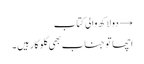
→ دو لاکھ والی کتاب
اچھا تو جناب بھی گلوکار ہیں ۔